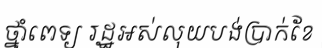
ថ្នាំពេទ្យ រដ្ឋអស់លុយបង់ប្រាក់ខែ